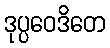
ဒုပ္ပဝေဒိတေ